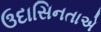
ઉદાસિનતાએ